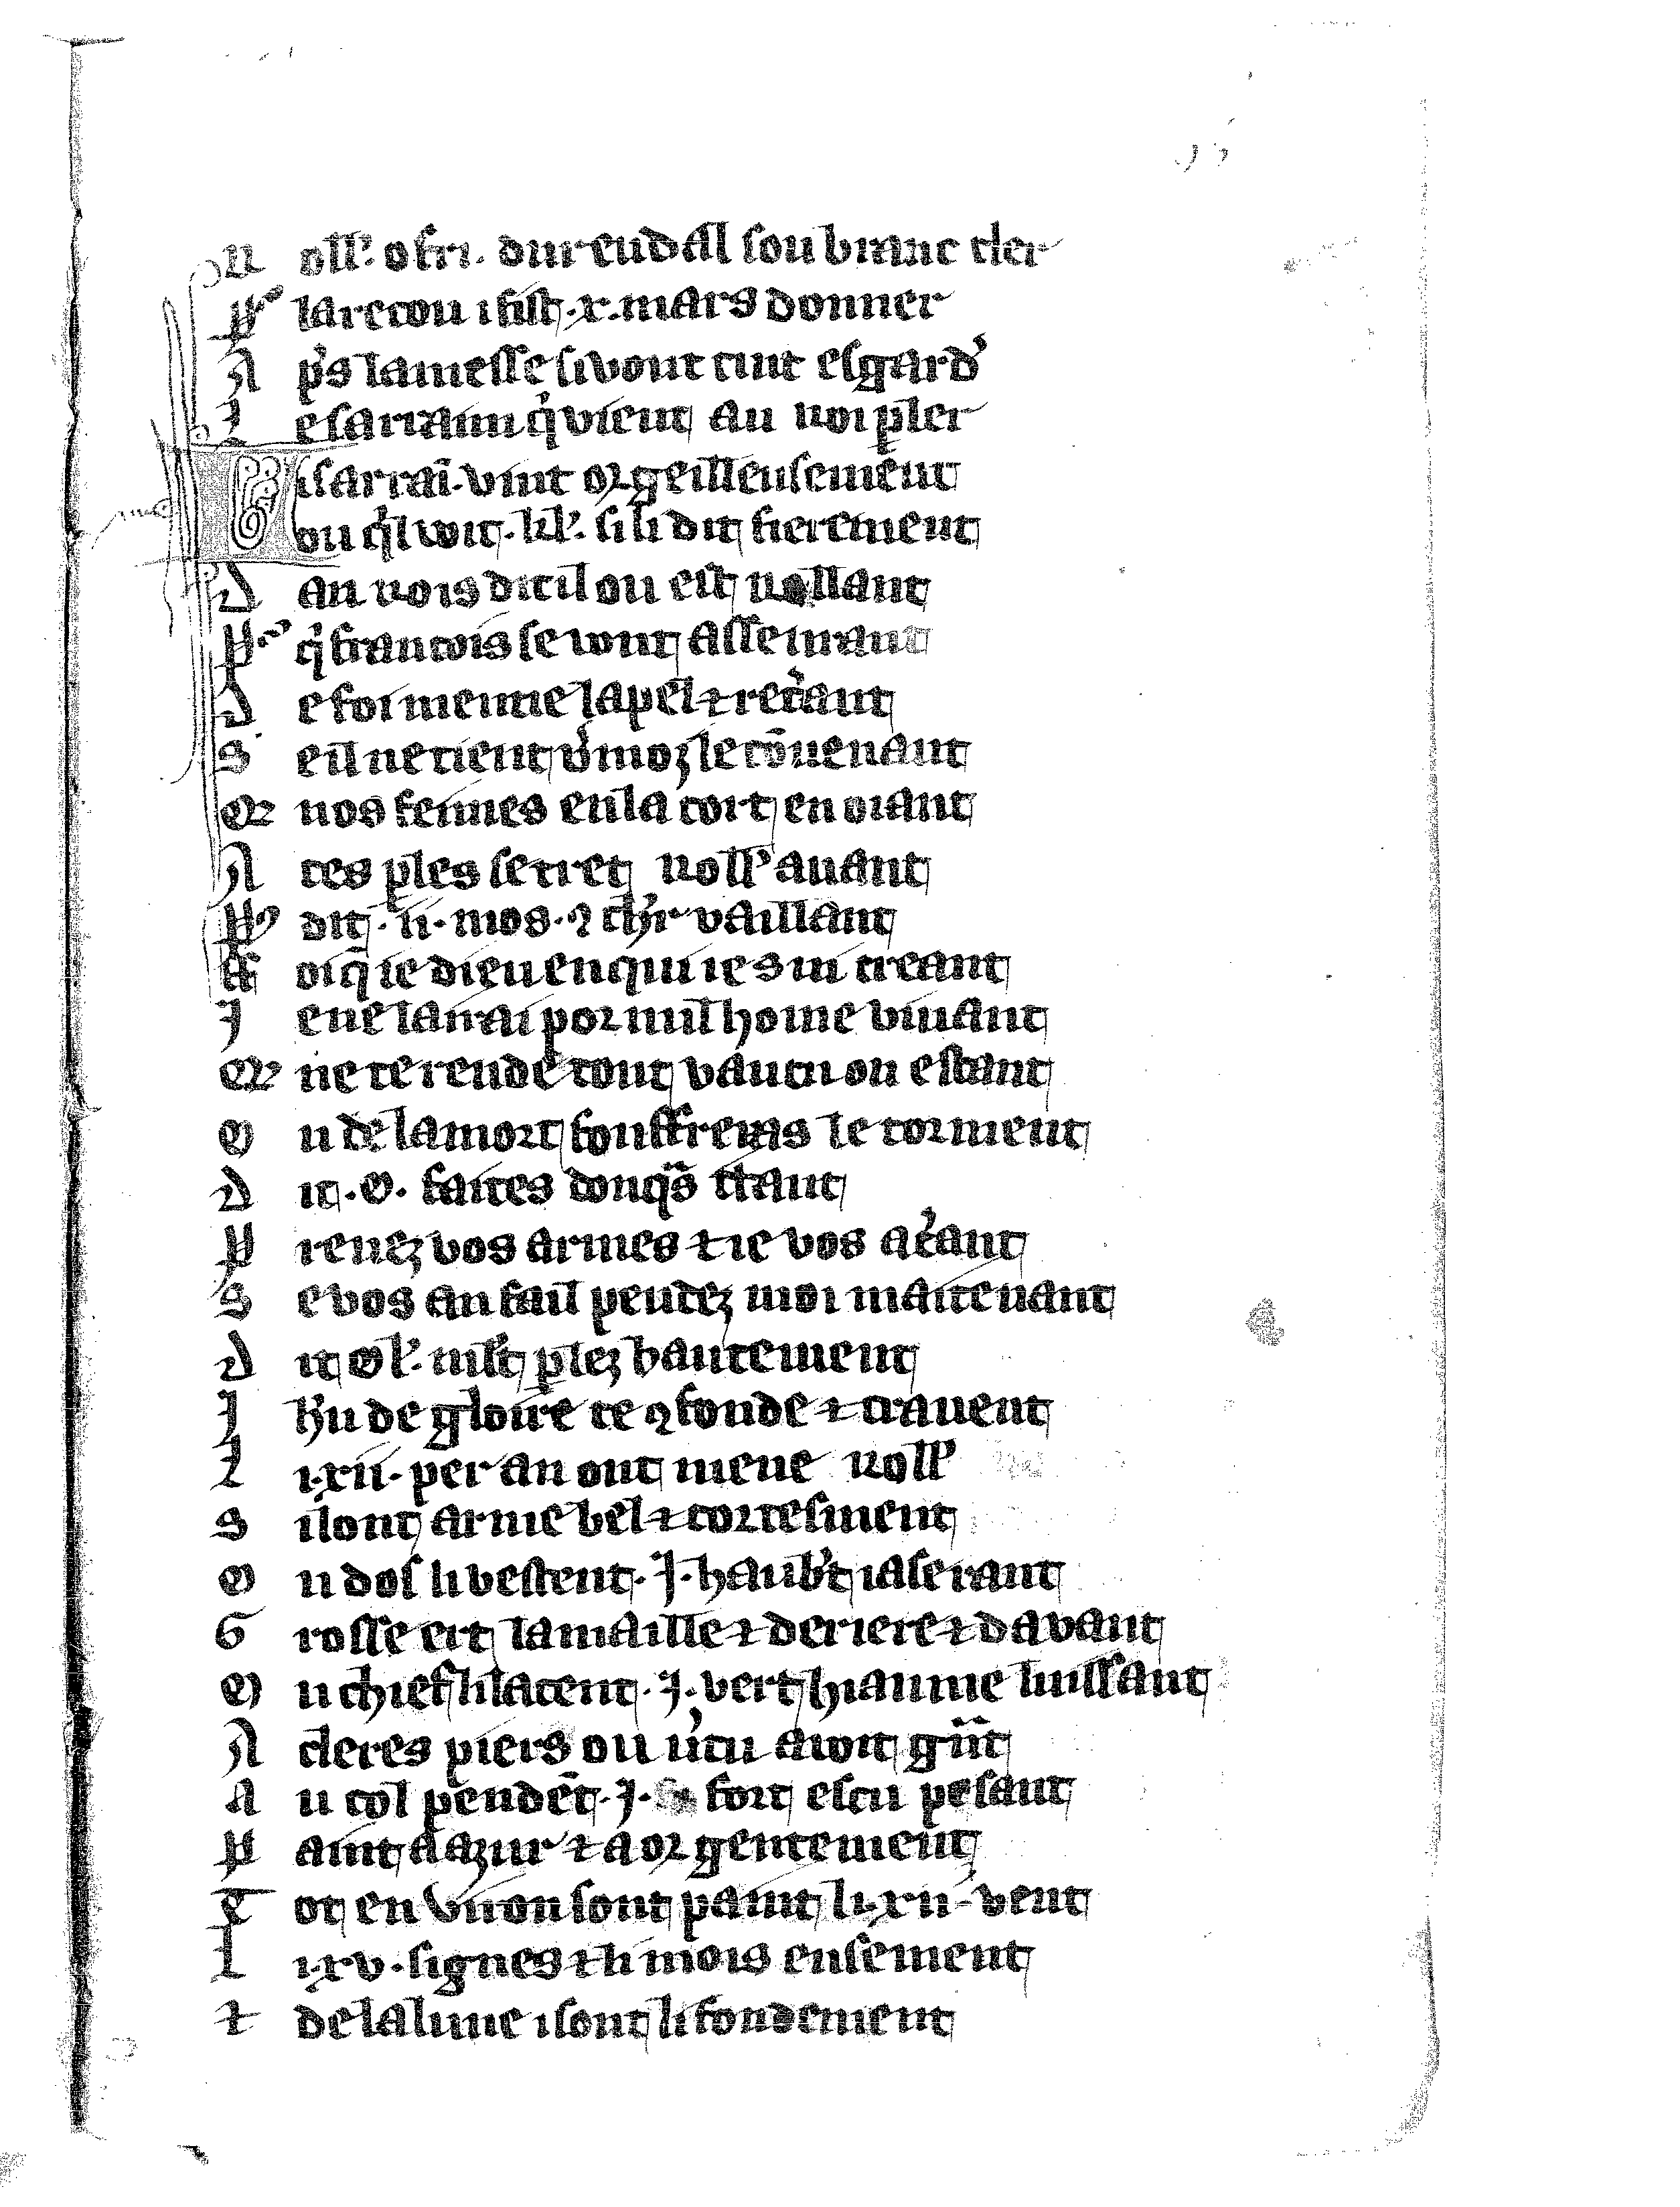
Shelfmark: Vatican, Biblioteca apostolica vaticana, Reg.lat. 1616
Century: 14